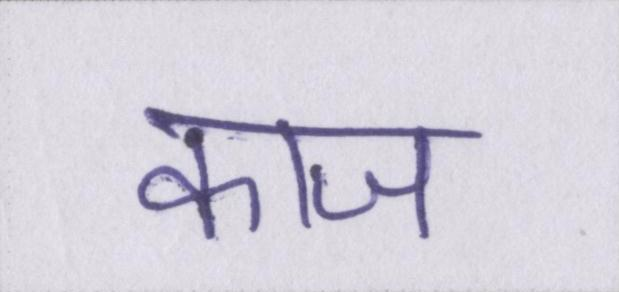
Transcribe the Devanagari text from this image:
काज